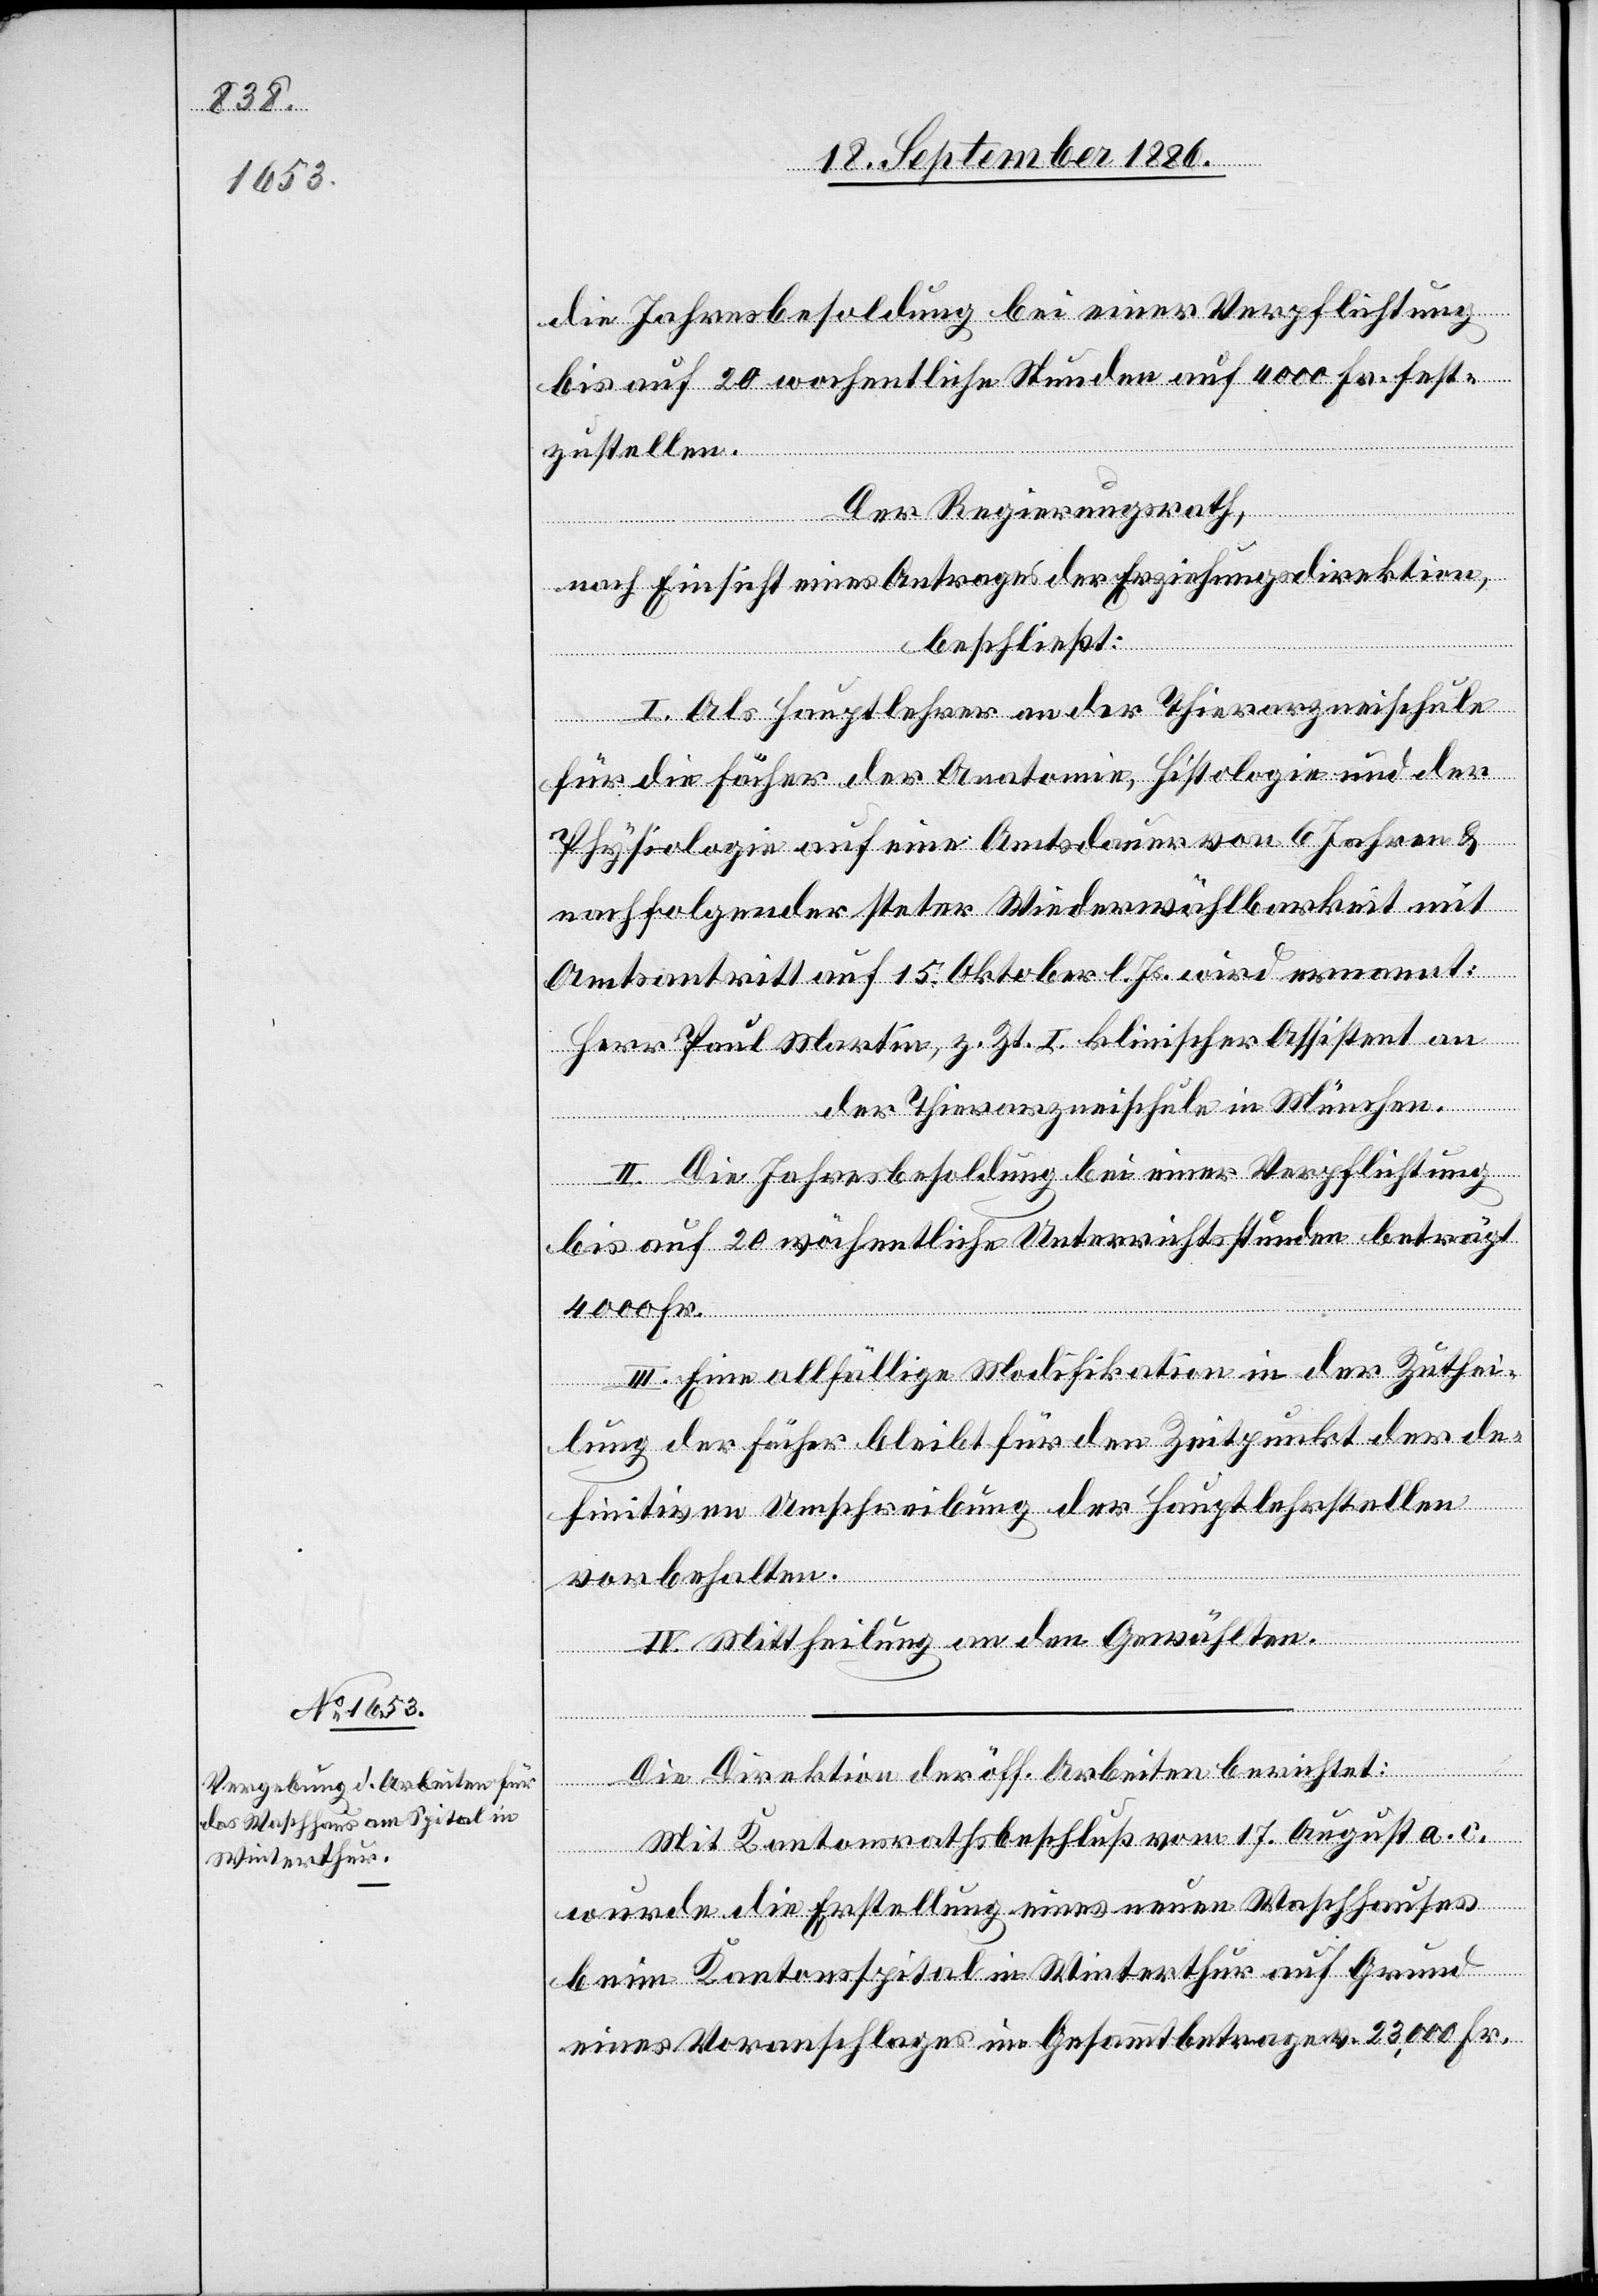
die Jahresbesoldung bei einer Verpflichtung
bis auf 20 wochentliche [sic!] Stunden auf 4000 Fr. fest¬
zustellen.
Der Regierungsrath,
nach Einsicht eines Antrages der Erziehungsdirektion,
beschließt:
I. Als Hauptlehrer an der Thierarzneischule
für die Fächer Anatomie, Histologie und der
Physiologie auf eine Amtsdauer von 6 Jahren &
nachfolgender steter Wiederwählbarkeit mit
Amtsantritt auf 15. Oktober l. Js. wird ernannt:
Herr Paul Martin, z. Zt. I. klinischer Assistent an
der Thierarzneischule in München.
II. Die Jahresbesoldung bei einer Verpflichtung
bis auf 20 wöchentliche Unterrichtsstunden beträgt
4000 Fr.
III. Eine allfällige Modifikation in der Zuthei¬
lung der Fächer bleibt für den Zeitpunkt der de¬
finitiven Umschreibung der Hauptlehrstellen
vorbehalten.
IV. Mittheilung an den Gewählten.
Die Direktion der öff. Arbeiten berichtet:
Mit Kantonsrathsbeschluß vom 17. August a. c.
wurde die Erstellung eines neuen Waschhauses
beim Kantonsspital in Winterthur auf Grund
eines Voranschlages im Gesammtbetrage v. 23,000 Fr.